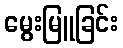
မွေးမြူခြင်း